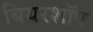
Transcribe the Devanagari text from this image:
बियरशॉप